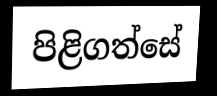
පිළිගත්සේ